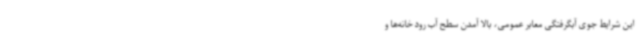
این شرایط جوی آبگرفتگی معابر عمومی، بالا آمدن سطح آب رود خانه‌ها و